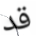
قد